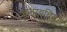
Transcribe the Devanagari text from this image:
इलायचियों